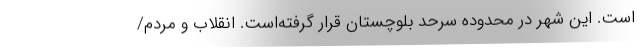
است. این شهر در محدوده سرحد بلوچستان قرار گرفته‌است. انقلاب و مردم/